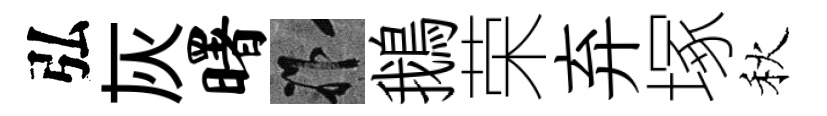
弘灰曙祚鵝荣弃塚秋